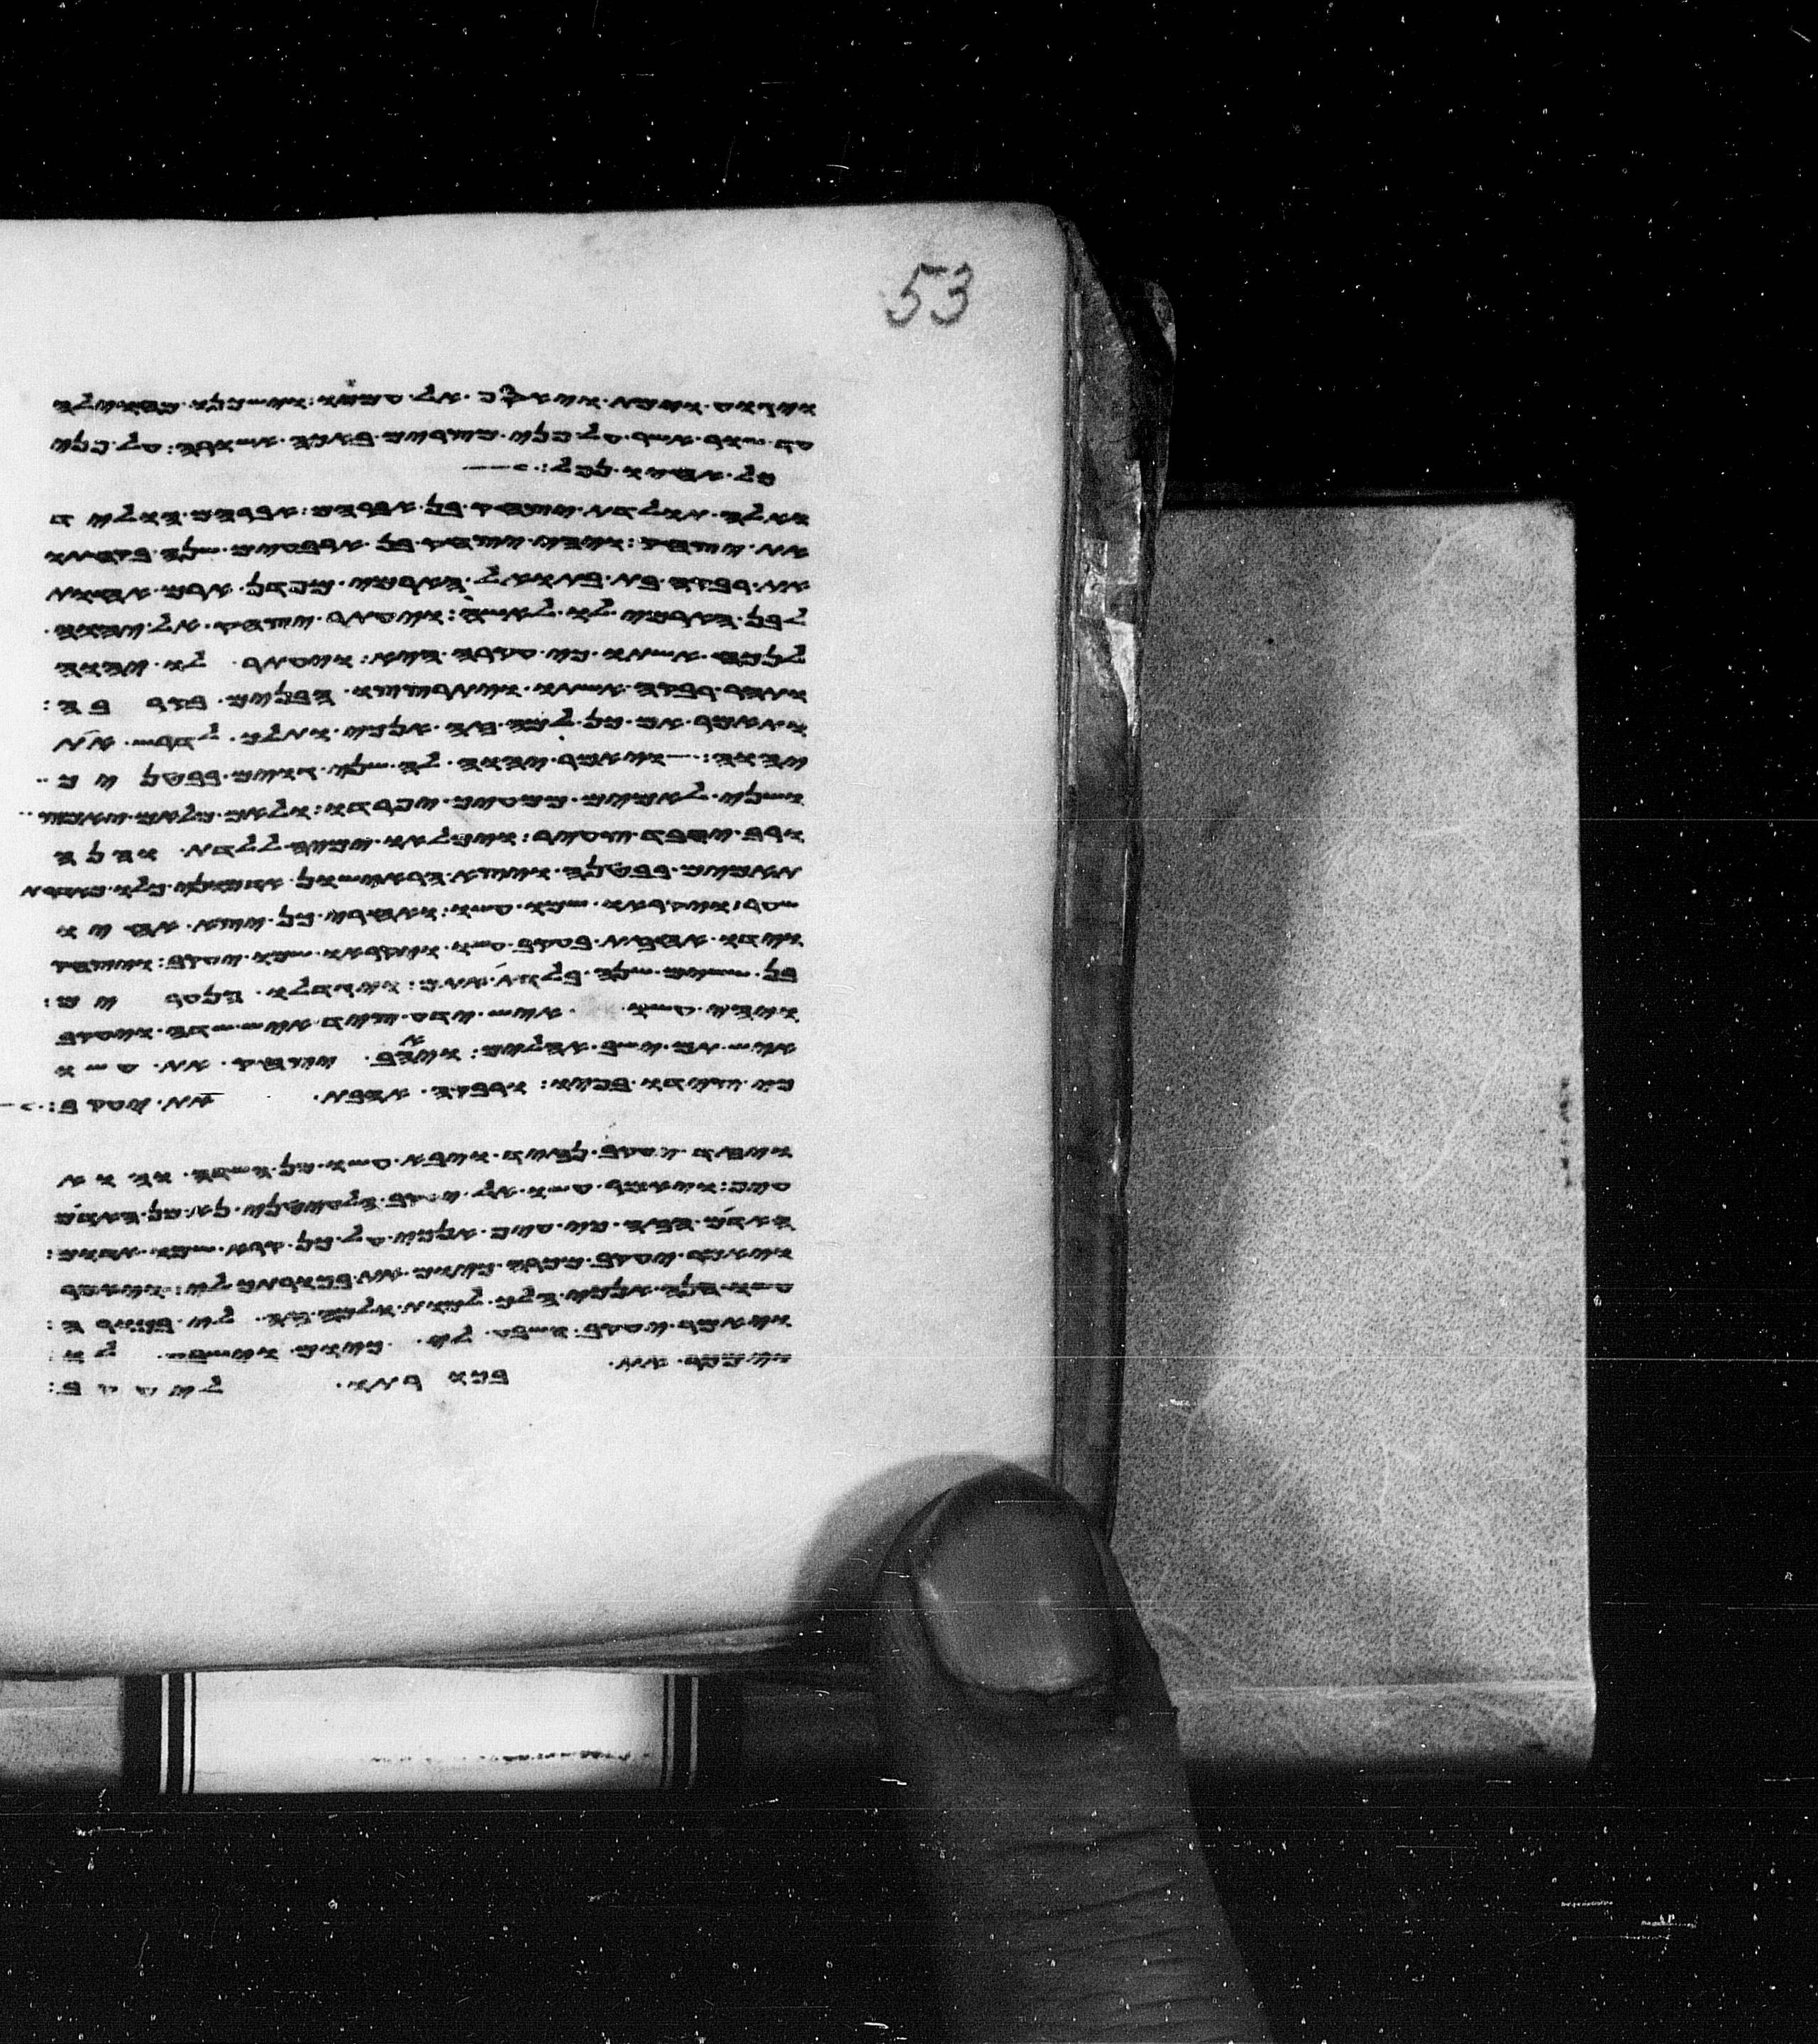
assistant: לבן הארמי לו לאשה ויעתר יצחק אל יהוה
כי צידו בפיו ורבקה אהבת את יעקב
וימכר את בכורתו ליעקב